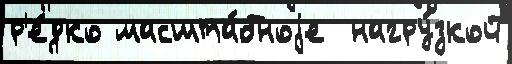
р'е́дко масшта́бноjе  нагру́зкой